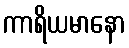
ကာရိယမာနော